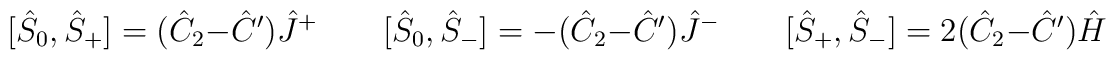
[\hat{S}_0,\hat{S}_+]=(\hat{C}_2-\hat{C}')\hat{J}^+ \qquad[\hat{S}_0,\hat{S}_-]=-(\hat{C}_2-\hat{C}')\hat{J}^-\qquad [\hat{S}_+,\hat{S}_-]=2(\hat{C}_2-\hat{C}')\hat{H}